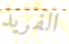
الفريد